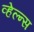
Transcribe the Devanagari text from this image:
व्हेल्न्स